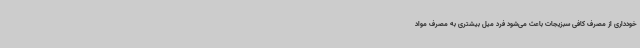
خودداری از مصرف کافی سبزیجات باعث می‌شود فرد میل بیشتری به مصرف مواد